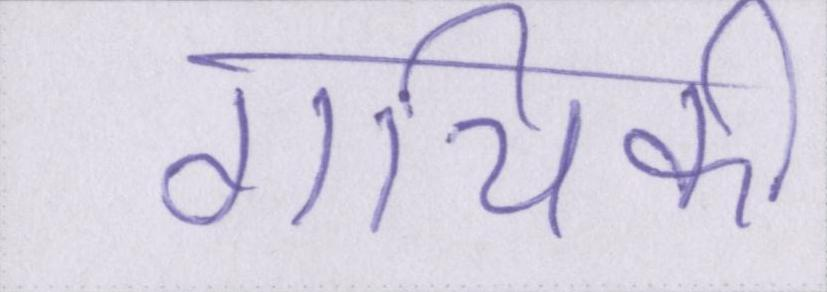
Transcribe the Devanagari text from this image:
गायिकी